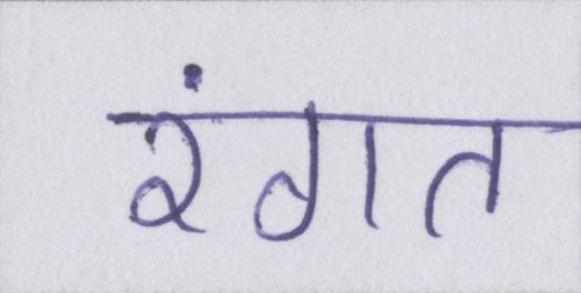
रंगत